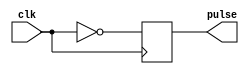
module Falling_Edge_Pulse_Generator (
    input wire clk,
    output reg pulse
);

reg pulse_reg;

always @ (posedge clk)
begin
    pulse_reg <= ~clk; // generate pulse on falling edge of clock
end

assign pulse = pulse_reg;

endmodule